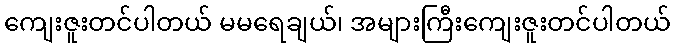
ကျေးဇူးတင်ပါတယ် မမရေချယ်၊ အများကြီးကျေးဇူးတင်ပါတယ်